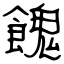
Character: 餽